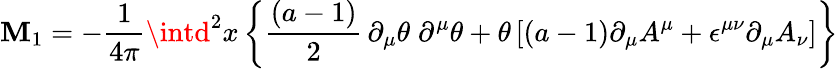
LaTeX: \mathbf{M}_{1}=-{\frac{{1}}{{4\pi}}}\intd^{2}x\left\lbrace{\frac{{(a-1)}}{{2}}}\, \partial_{\mu}\theta\; \partial^{\mu}\theta+\theta\left\lbrack(a-1)\partial_{\mu}A^{\mu}+\epsilon^{\mu\nu}\partial_{\mu}A_{\nu}\right\rbrack\right\rbrace